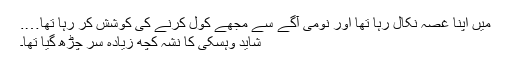
میں اپنا غصہ نکال رہا تھا اور نومی آگے سے مجھے کول کرنے کی کوشش کر رہا تھا….
شاید وہسکی کا نشہ کچھ زیادہ سر چڑھ گیا تھا۔